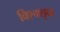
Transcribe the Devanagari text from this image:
विश्वशृक